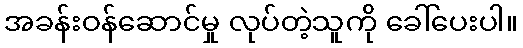
အခန်းဝန်ဆောင်မှု လုပ်တဲ့သူကို ခေါ်ပေးပါ။